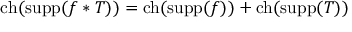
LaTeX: \operatorname { c h } ( \operatorname { s u p p } ( f \ast T ) ) = \operatorname { c h } ( \operatorname { s u p p } ( f ) ) + \operatorname { c h } ( \operatorname { s u p p } ( T ) )